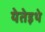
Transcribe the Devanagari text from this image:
येतेइथे